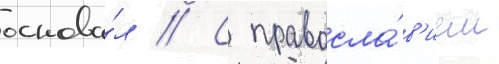
основа́л // С правосла́в'ием